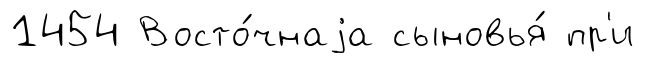
1454 Восто́чнаjа сыновья́ пр'и